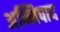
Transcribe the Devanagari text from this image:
अन्निपाद